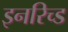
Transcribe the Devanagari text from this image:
इनरिच्ड